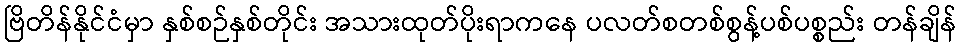
ဗြိတိန်နိုင်ငံမှာ နှစ်စဉ်နှစ်တိုင်း အသားထုတ်ပိုးရာကနေ ပလတ်စတစ်စွန့်ပစ်ပစ္စည်း တန်ချိန်